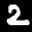
Label: 2